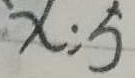
x : 5